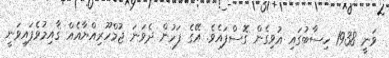
ވަނީ 1938 ހިސާބުގައި އުވިގެން ގޮސްފައެވެ. އޭގެ ފަހުން ދެވަނަ ޖުމްހޫރިއްޔާއެއް ޤާއިމުވެފައިވަނީ